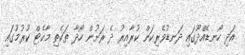
އަދި ހޯނޑެއްދޫގައި ދަނޑުވެރިކަން ކުރާއިރު ދެ ރަށުން ހޯދާ ތަކެތި މާކެޓް ކުރުމުގައި